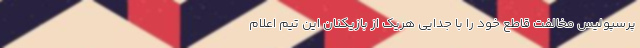
پرسپولیس مخالفت قاطع خود را با جدایی هریک از بازیکنان این تیم اعلام